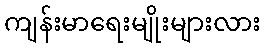
ကျန်းမာရေးမျိုးများလား